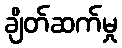
ချိတ်ဆက်မှု